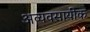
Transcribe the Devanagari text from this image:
अव्यवसायीक